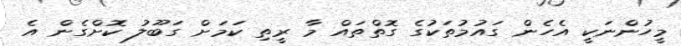
މީހުންނަކީ އެހެން ގައުމުތަކުގެ ގޮތްތައް މާ ރީތި ކަމަށް ގަބޫލު ކޮށްގެން އެ